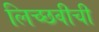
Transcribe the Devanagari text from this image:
लिच्छवीची